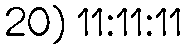
20) 11:11:11